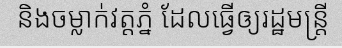
និងចម្លាក់វត្តភ្នំ ដែលធ្វើឲ្យរដ្ឋមន្ត្រី